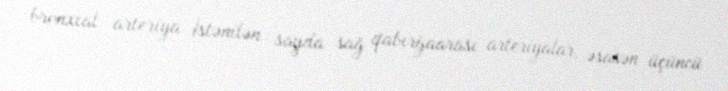
bronxial arteriya İstənilən sayda sağ qabırğaarası arteriyalar, əsasən üçüncü